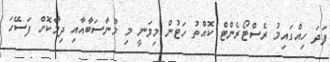
ފަދަ ހިއްގައިމު ރެސްޓޯރެންޓް ކޮއްތު ހަޓުން މިވަނީ މި މުނާސަބާއާއި ދިމާކޮށް ފަސޭހަ